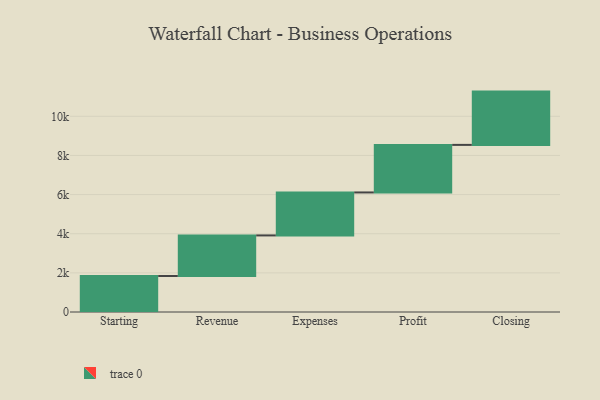
{"axis": {"x": "Step", "y": "Value"}, "legend": [""], "data": [{"x": "Starting", "y": 1840.0, "type": ""}, {"x": "Revenue", "y": 2073.0, "type": ""}, {"x": "Expenses", "y": 2196.0, "type": ""}, {"x": "Profit", "y": 2430.0, "type": ""}, {"x": "Closing", "y": 2723.0, "type": ""}]}